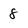
Character: 8